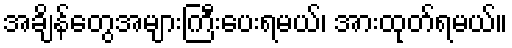
အချိန်တွေအများကြီးပေးရမယ်၊ အားထုတ်ရမယ်။